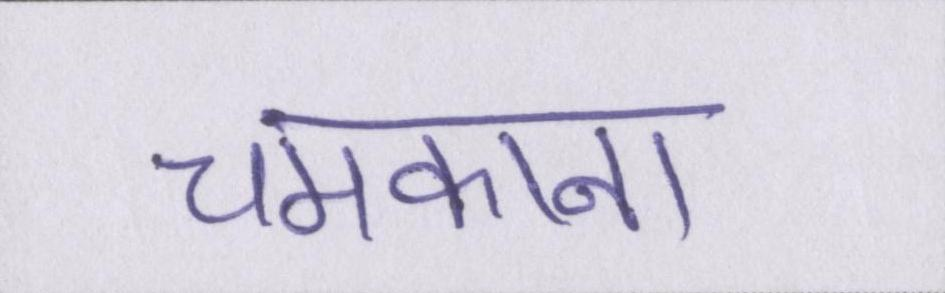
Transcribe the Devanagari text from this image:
चमकाना